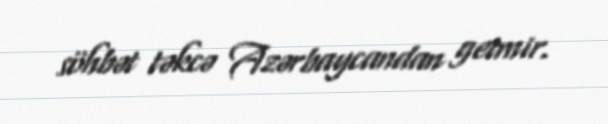
söhbət təkcə Azərbaycandan getmir.